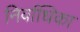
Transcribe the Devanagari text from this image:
निर्वाधिका